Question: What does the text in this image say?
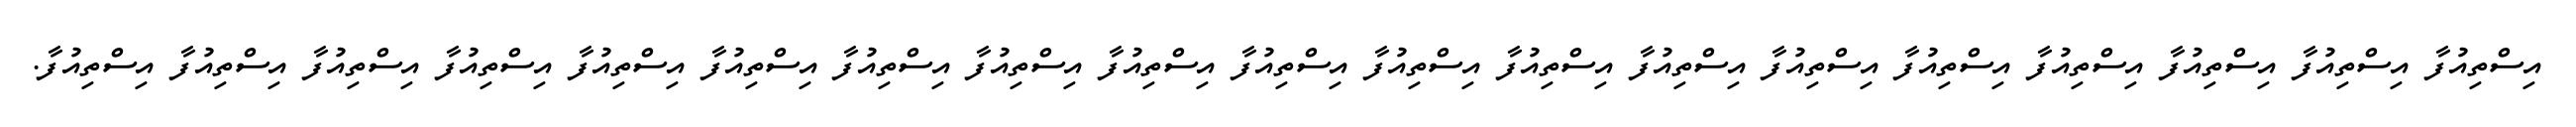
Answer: އިސްތިއުފާ އިސްތިއުފާ އިސްތިއުފާ އިސްތިއުފާ އިސްތިއުފާ އިސްތިއުފާ އިސްތިއުފާ އިސްތިއުފާ އިސްތިއުފާ އިސްތިއުފާ އިސްތިއުފާ އިސްތިއުފާ އިސްތިއުފާ އިސްތިއުފާ އިސްތިއުފާ އިސްތިއުފާ އިސްތިއުފާ އިސްތިއުފާ އިސްތިއުފާ.